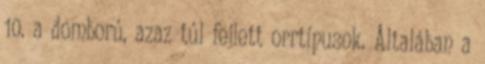
10. a domború, azaz túl fejlett orrtípusok. Általában a